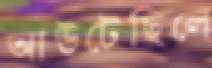
আউটেছিলে